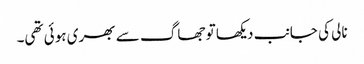
نالی کی جانب دیکھا تو جھاگ سے بھری ہوئی تھی۔